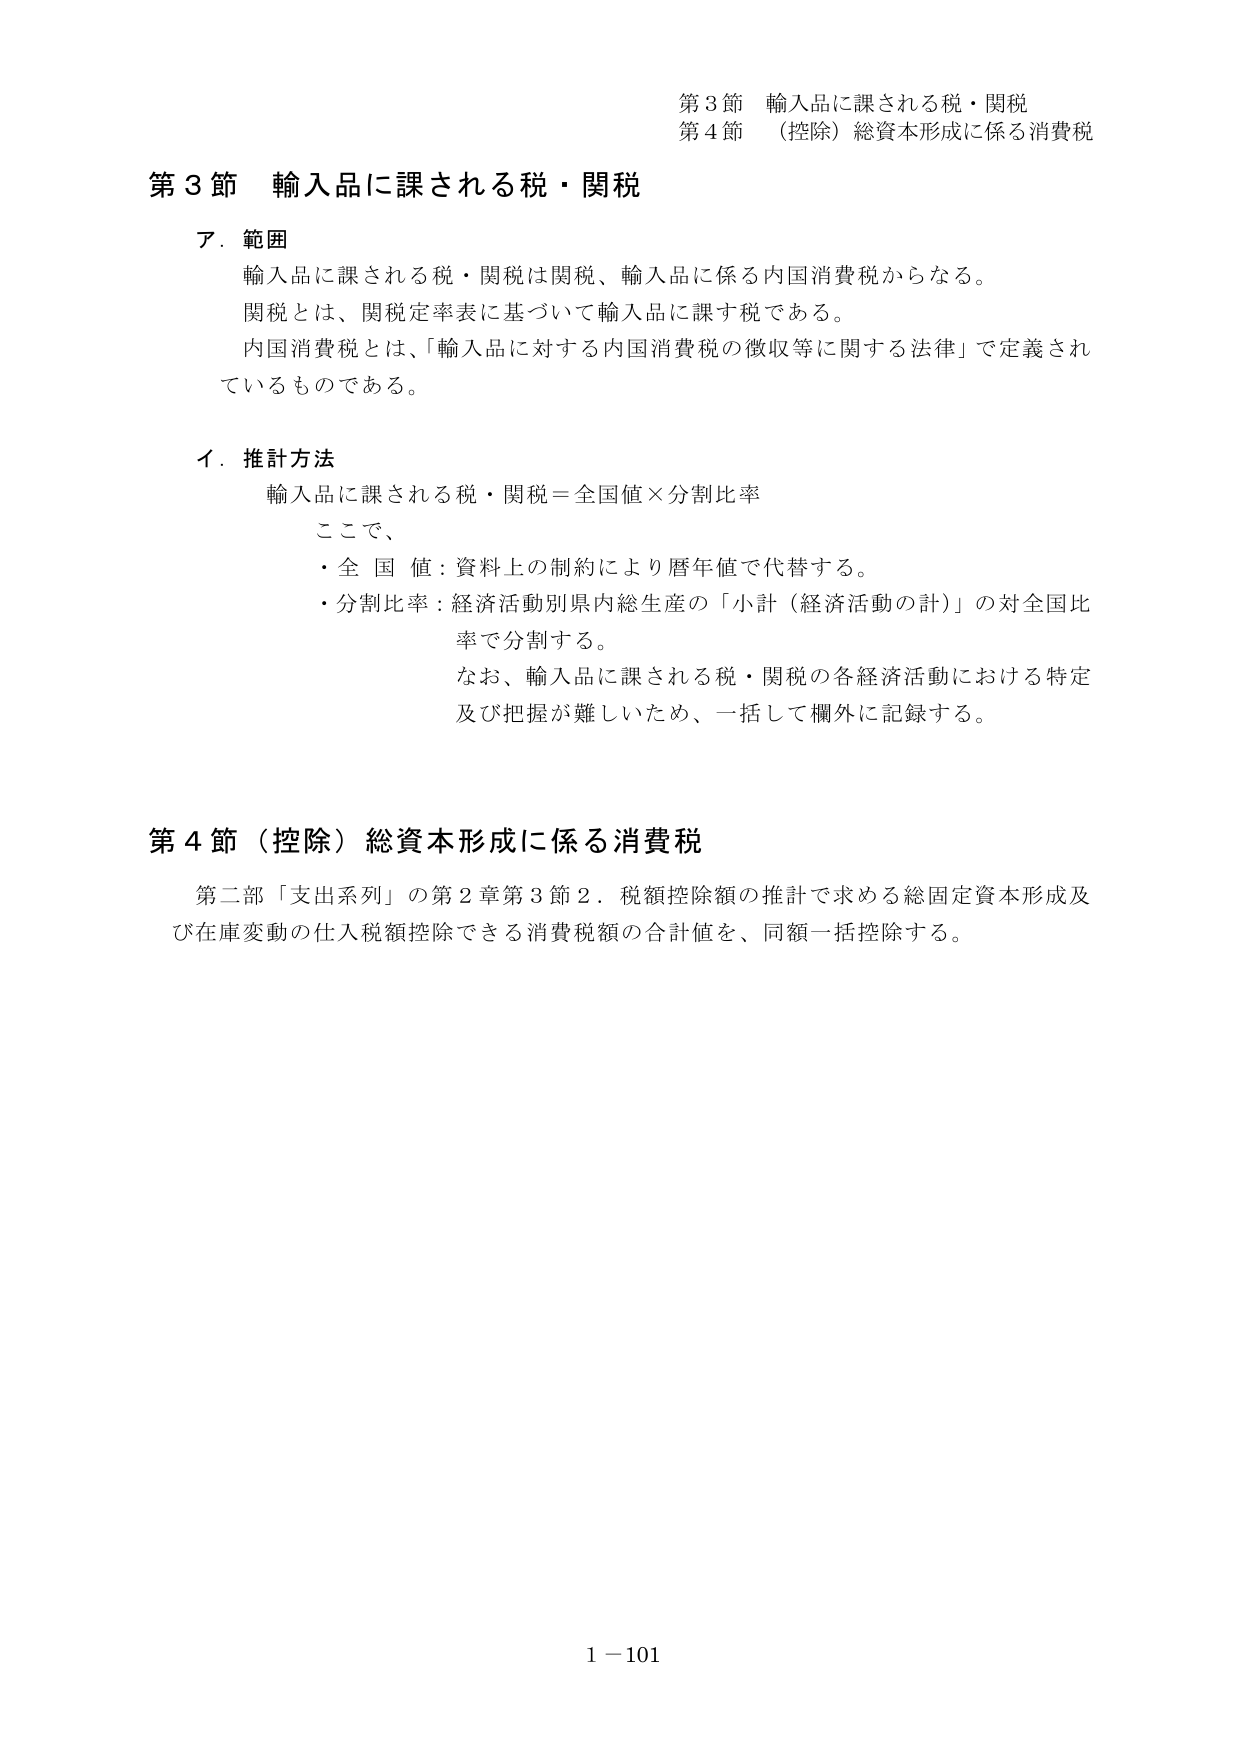
第3節 輸入品に課される税・関税
第4節 （控除）総資本形成に係る消費税

第3節 輸入品に課される税・関税

ア．範囲
　輸入品に課される税・関税は関税、輸入品に係る内国消費税からなる。
　関税とは、関税定率表に基づいて輸入品に課す税である。
　内国消費税とは、「輸入品に対する内国消費税の徴収等に関する法律」で定義されているものである。

イ．推計方法
　輸入品に課される税・関税＝全国値×分割比率
　ここで、
　・全国値：資料上の制約により暦年値で代替する。
　・分割比率：経済活動別県内総生産の「小計（経済活動の計）」の対全国比率で分割する。
　　なお、輸入品に課される税・関税の各経済活動における特定及び把握が難しいため、一括して欄外に記録する。

第4節（控除）総資本形成に係る消費税
　第二部「支出系列」の第2章第3節2．税額控除額の推計で求める総固定資本形成及び在庫変動の仕入税額控除できる消費税額の合計値を、同額一括控除する。

1－101